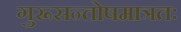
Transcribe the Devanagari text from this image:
गुरूसन्तोषमात्रतः